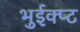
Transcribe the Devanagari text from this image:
भुईक्प्ट